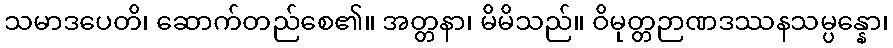
သမာဒပေတိ၊ ဆောက်တည်စေ၏။ အတ္တနာ၊ မိမိသည်။ ဝိမုတ္တဉာဏဒဿနသမ္ပန္နော၊